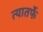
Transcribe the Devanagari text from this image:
त्यातर्फे